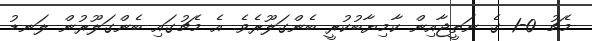
މެޗު 0-1 ގެ ނަތީޖާއިން ކާމިޔާބުކުރީ ބެންގަލޫރެވެ. އެ މެޗުގައި ބެންގަލޫރުން ލަނޑު